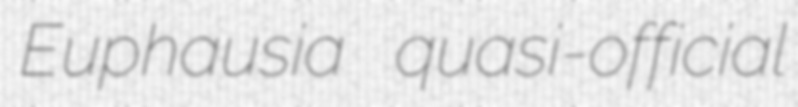
Euphausia quasi-official